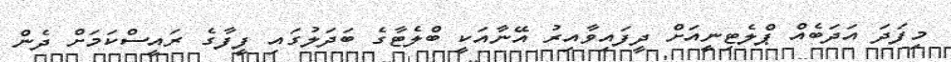
މިފަދަ އަދަބެއް ޕްލެޓިނީއަށް ދީފައިވާއިރު އޭނާއަކީ ބްލެޓާގެ ބަދަލުގައި ފީފާގެ ރައީސްކަމަށް ދެން